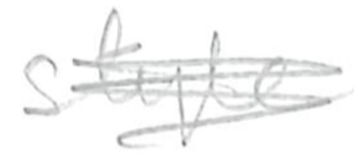
Text: style
Cross-out: scratch
Writing tool: pencil